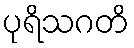
ပုရိသဂတိ